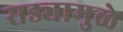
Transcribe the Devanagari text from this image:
सड्यामुळे